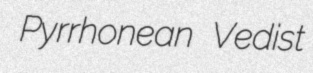
Pyrrhonean Vedist